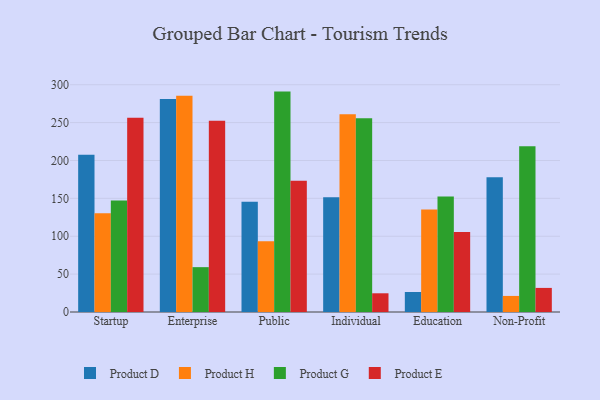
{"axis": {"x": "Segment", "y": "Budget (USD K)"}, "legend": ["Product D", "Product E", "Product G", "Product H"], "data": [{"x": "Startup", "y": 207.5, "type": "Product D"}, {"x": "Startup", "y": 130.5, "type": "Product H"}, {"x": "Startup", "y": 147.3, "type": "Product G"}, {"x": "Startup", "y": 256.5, "type": "Product E"}, {"x": "Enterprise", "y": 281.1, "type": "Product D"}, {"x": "Enterprise", "y": 285.5, "type": "Product H"}, {"x": "Enterprise", "y": 59.2, "type": "Product G"}, {"x": "Enterprise", "y": 252.4, "type": "Product E"}, {"x": "Public", "y": 145.5, "type": "Product D"}, {"x": "Public", "y": 93.3, "type": "Product H"}, {"x": "Public", "y": 290.9, "type": "Product G"}, {"x": "Public", "y": 173.3, "type": "Product E"}, {"x": "Individual", "y": 151.6, "type": "Product D"}, {"x": "Individual", "y": 261.1, "type": "Product H"}, {"x": "Individual", "y": 255.8, "type": "Product G"}, {"x": "Individual", "y": 24.7, "type": "Product E"}, {"x": "Education", "y": 26.4, "type": "Product D"}, {"x": "Education", "y": 135.3, "type": "Product H"}, {"x": "Education", "y": 152.5, "type": "Product G"}, {"x": "Education", "y": 105.7, "type": "Product E"}, {"x": "Non-Profit", "y": 177.8, "type": "Product D"}, {"x": "Non-Profit", "y": 21.2, "type": "Product H"}, {"x": "Non-Profit", "y": 218.7, "type": "Product G"}, {"x": "Non-Profit", "y": 31.8, "type": "Product E"}]}